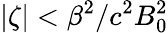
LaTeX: |\zeta|<\beta^{2}/c^{2}B_{0}^{2}